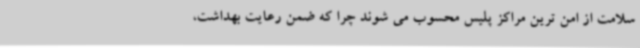
سلامت از امن ترین مراکز پلیس محسوب می شوند چرا که ضمن رعایت بهداشت،